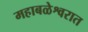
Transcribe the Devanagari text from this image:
महाबळेश्वरात